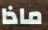
ماذا